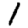
Digit: 1